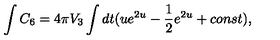
\int C _ { 6 } = 4 \pi V _ { 3 } \int d t ( u e ^ { 2 u } - { \frac { 1 } { 2 } } e ^ { 2 u } + c o n s t ) ,